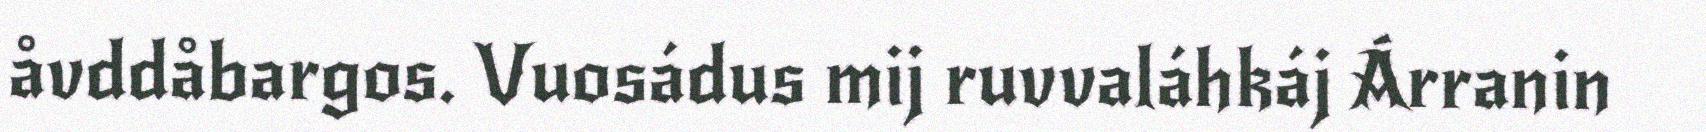
åvddåbargos. Vuosádus mij ruvvaláhkáj Árranin